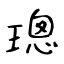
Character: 璁